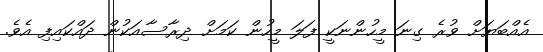
އެއްބަޔަށް ވުރެ ގިނަ މީހުންނަކީ ފަލަ މީހުން ކަމަށް ދިރާސާއަކުން ދައްކައިފި އެވެ.